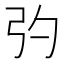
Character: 㢩